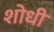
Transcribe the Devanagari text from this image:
शोधी